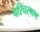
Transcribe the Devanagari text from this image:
परिचरगण